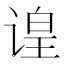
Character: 𬤍